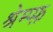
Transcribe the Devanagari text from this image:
श्रेम्प्फ़